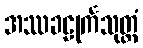
အဿခဠုင်္ကသုတ္တံ